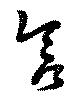
含